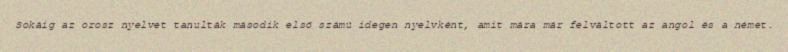
Sokáig az orosz nyelvet tanulták második első számú idegen nyelvként, amit mára már felváltott az angol és a német.